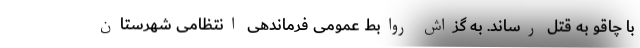
با چاقو به قتل رساند. به گزاش روابط عمومی فرماندهی انتظامی شهرستان